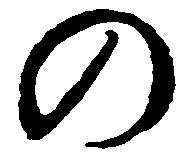
の